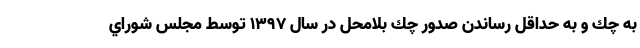
به چك و به حداقل رساندن صدور چك بلامحل در سال ۱۳۹۷ توسط مجلس شوراي